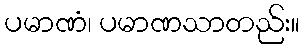
ပမာဏံ၊ ပမာဏသာတည်း။